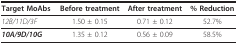
<table><thead><tr><td><b>Target MoAbs</b></td><td><b>Before treatment</b></td><td><b>After treatment</b></td><td><b>% Reduction</b></td></tr></thead><tbody><tr><td><i>12B/11D/3F</i></td><td>1.50 ± 0.15</td><td>0.71 ± 0.12</td><td>52.7%</td></tr><tr><td><b><i>10A/9D/10G</i></b></td><td>1.35 ± 0.12</td><td>0.56 ± 0.09</td><td>58.5%</td></tr></tbody></table>